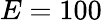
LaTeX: E=100